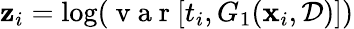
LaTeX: \mathbf{z}_{i}=\log(\mathrm{{~v~a~r~}}[t_{i},G_{1}(\textbf{{x}}_{i},\mathcal{{D}})])